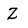
Character: Z